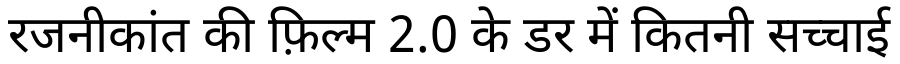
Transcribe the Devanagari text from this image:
रजनीकांत की फ़िल्म 2.0 के डर में कितनी सच्चाई